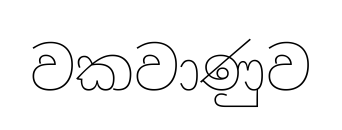
වකවාණුව